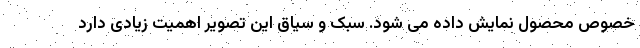
خصوص محصول نمایش داده می شود. سبک و سیاق این تصویر اهمیت زیادی دارد